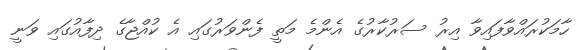
ހާމަކުރައްވާފައިވާ އިރު ސަރުކާރުގެ އެންމެ މަތީ ފެންވަރުގައި އެ ކުއްޖާގެ ދިފާއުގައި ވަނީ